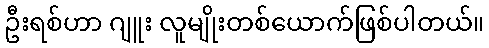
ဦးရစ်ဟာ ဂျူး လူမျိုးတစ်ယောက်ဖြစ်ပါတယ်။